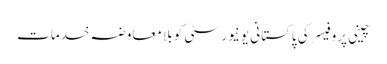
چینی پروفیسر کی پاکستانی یونیورسٹی کو بلا معاوضہ خدمات